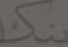
بنك